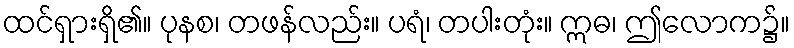
ထင်ရှားရှိ၏။ ပုနစ၊ တဖန်လည်း။ ပရံ၊ တပါးတုံး။ ဣဓ၊ ဤလောက၌။